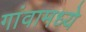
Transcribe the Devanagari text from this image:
गांवामध्ये